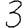
Digit: 3